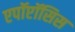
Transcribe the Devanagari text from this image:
एपॉप्टॉसिस